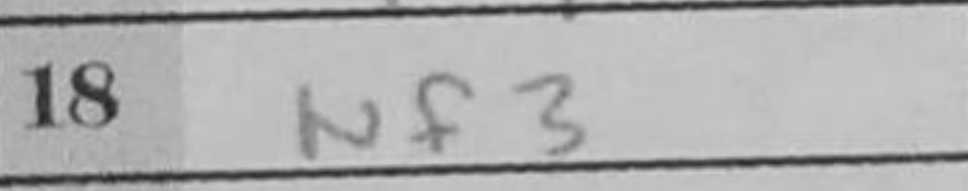
Transcription: Nf3